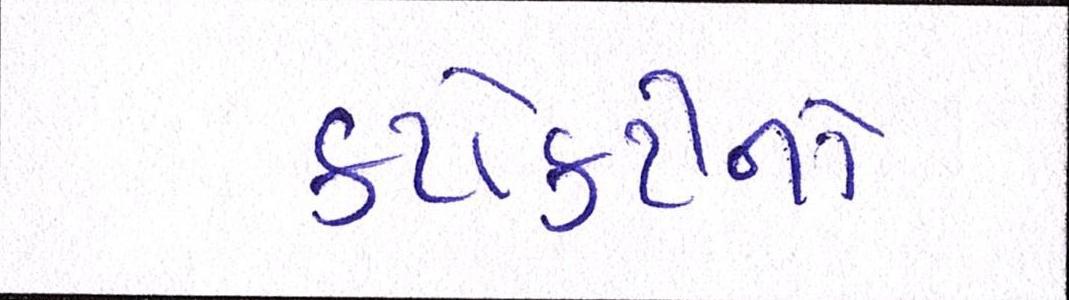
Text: કટોકટીનો